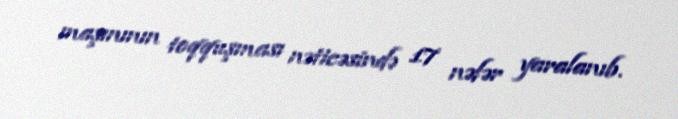
maşınının toqquşması nəticəsində 17 nəfər yaralanıb.